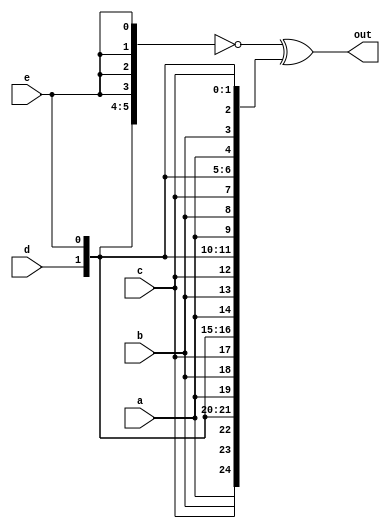
module top_module (
    input a, b, c, d, e,
    output [24:0] out );

    assign out = ~{ {5{a}}, {5{b}}, {5{c}}, {5{d}}, {5{e}} } ^ { 5{a, b, c, d, e} };

endmodule